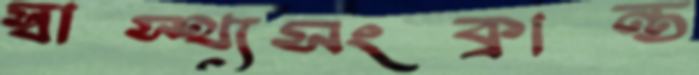
স্বাস্থ্যসংক্রান্ত